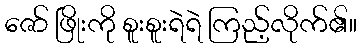
ဇော် ဖြိုးကို စူးစူးရဲရဲ ကြည့်လိုက်၏။